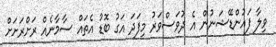
ވިލާ ފައުންޑޭޝަނުން އެ ދުވަސްވަރު މިފަދަ އަގު ބޮޑު އެތައް ސާމާނެއް ރަށްރަށަށް